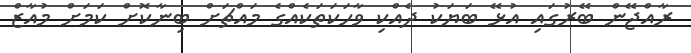
ރާއްޖޭން ބޭރުގައި އުޅޭ ބަޔަކު ދެއްކި ވާހަކަތަކެއްގެ މައްޗަށް ބިނާކޮށް ކަމަށް މުއާޒް